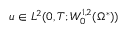
u \in L ^ { 2 } ( 0 , T ; W _ { 0 } ^ { 1 , 2 } ( \Omega ^ { * } ) )